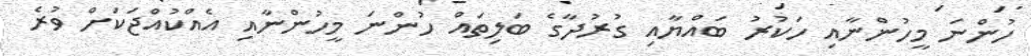
ހުންނަ މީހުންނާއި ހަކުރު ބައްޔާއި ގުރުދާގެ ބަލިތައް ހުންނަ މީހުންނާއި އެއްކުއްޖަކަށް ވުރެ